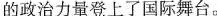
的政治力量登上了国际舞台。